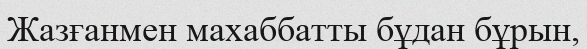
Жазғанмен махаббатты бұдан бұрын,